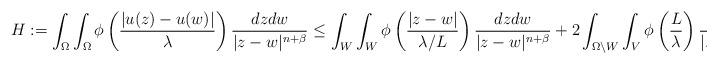
LaTeX: \begin{align*}H:=\int_\Omega\int_\Omega\phi\left(\frac{|u (z)-u (w)|}\lambda\right)\frac{dzdw}{|z-w|^{n+\beta}}&\le \int_W\int_{W}\phi\left(\frac{| z-w|}{\lambda/ L} \right)\frac{dzdw}{|z-w|^{n+\beta}} + 2\int_{\Omega\setminus W}\int_{V}\phi\left(\frac {L}{\lambda } \right)\frac{dzdw}{|z-w|^{n+\beta}}.\end{align*}